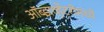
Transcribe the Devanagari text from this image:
ऑब्झर्व्हेटरीमध्ये